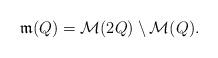
LaTeX: \begin{align*}\mathfrak{m}(Q)=\mathcal{M}(2Q)\setminus\mathcal{M}(Q).\end{align*}